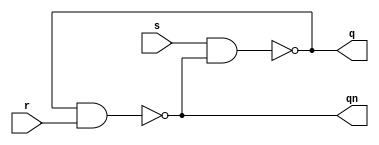
//////////////////////////////////////////////////////////////////////////////////
// Module Name: 
// Description: RS Latch - with NAND gates
// Revision:
// 09.05.2020 -> Revision 0.01 - Created
//////////////////////////////////////////////////////////////////////////////////

`timescale 1ns / 1ps

module rs_latch(
    input s,
    input r,
    output q,
    output qn
    );
    
// NAND(Out, In, In); 
nand nand1(q, s, qn);
nand nand2(qn, q, r);   
endmodule